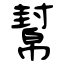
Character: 幫